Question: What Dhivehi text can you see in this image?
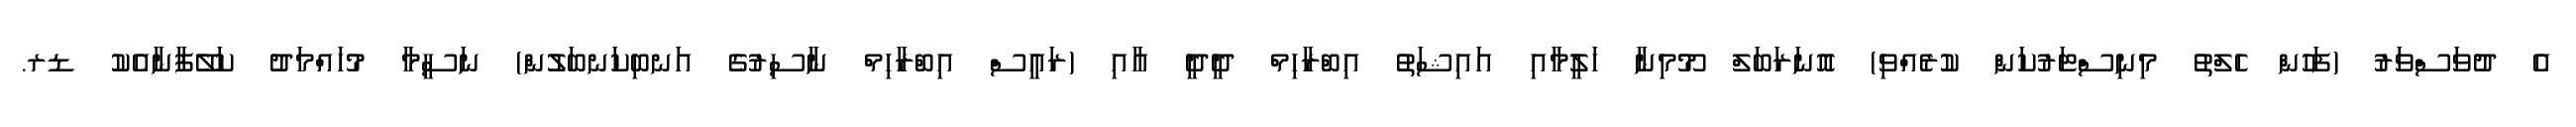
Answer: އެ ދުވަސްވަރު (ފަހުން ހެލްތު މިނިސްޓަރުކަން ކުރެއްވި) އޮނަރަބަލް މޫމިނާ ހަލީމާއި އައިޝަތު އިބްރާހިމް ދީދީ އާއި (ރައީސް އިބްރާހިމް ނާސިރުގެ އަނބިކަނބަލުން) ނަސީމާ މުހައްމަދު ކަލޭފާނާއެކު ޑރ.